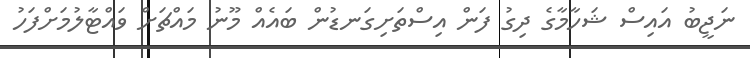
ނަޖީބު އައިސް ޝަހާމާގެ ދިގު ފަން އިސްތަށިގަނޑުން ބައެއް މޫނު މައްޗަށް ވައްޓާލުމަށްފަހު